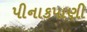
પીનાકપાણી